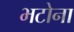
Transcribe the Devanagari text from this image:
भटोना